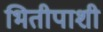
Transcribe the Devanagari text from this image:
भितीपाशी